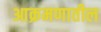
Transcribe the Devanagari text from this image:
आक्रमणातील